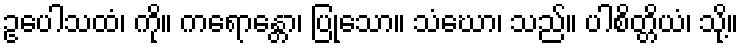
ဥပေါသထံ၊ ကို။ ကရောန္တော၊ ပြုသော။ သံဃော၊ သည်။ ပါစိတ္တိယံ၊ သို့။